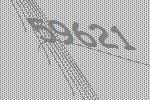
59621